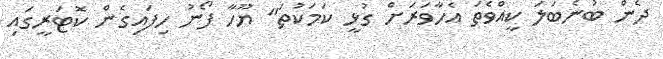
ދެން ބުނެބަލަ ކީއްވެތަ އެހާވަރަށް ގުޅީ ކަމަކުތަ" ޔޫހާ ފޯނު ހިފައިގެން ކޮޓަރީގައި